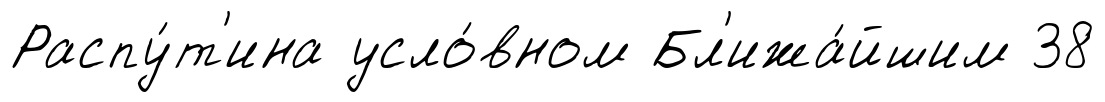
Распу́т'ина усло́вном Бл'ижа́йшим 38